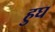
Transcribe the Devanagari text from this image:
हुघ